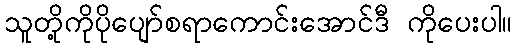
သူတို့ကိုပိုပျော်စရာကောင်းအောင်ဒီ ကိုပေးပါ။